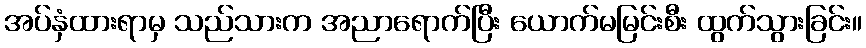
အပ်နှံထားရာမှ သည်သားက အညာရောက်ပြီး ယောက်မမြင်းစီး ထွက်သွားခြင်း။